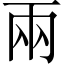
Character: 兩